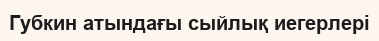
Губкин атындағы сыйлық иегерлері